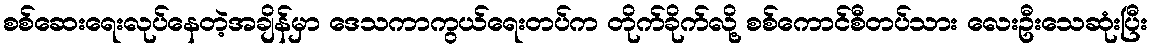
စစ်ဆေးရေးလုပ်နေတဲ့အချိန်မှာ ဒေသကာကွယ်ရေးတပ်က တိုက်ခိုက်လို့ စစ်ကောင်စီတပ်သား လေးဦးသေဆုံးပြီး